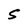
Character: S